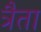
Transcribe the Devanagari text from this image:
त्रैता